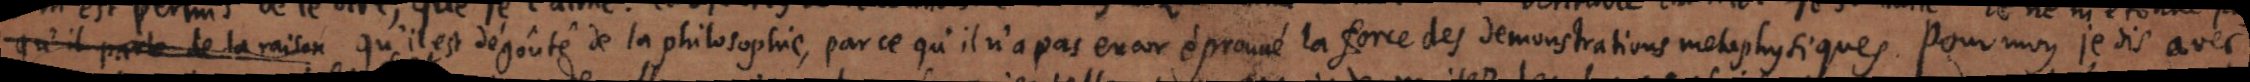
qu’il parle de la raison qu’il est dégoûté de la philosophie, par ce qu’il n’a pas encor éprouvé la force des demonstrations metaphysiques. Pour moy je dis avec